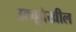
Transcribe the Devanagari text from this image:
उठवूदेखील